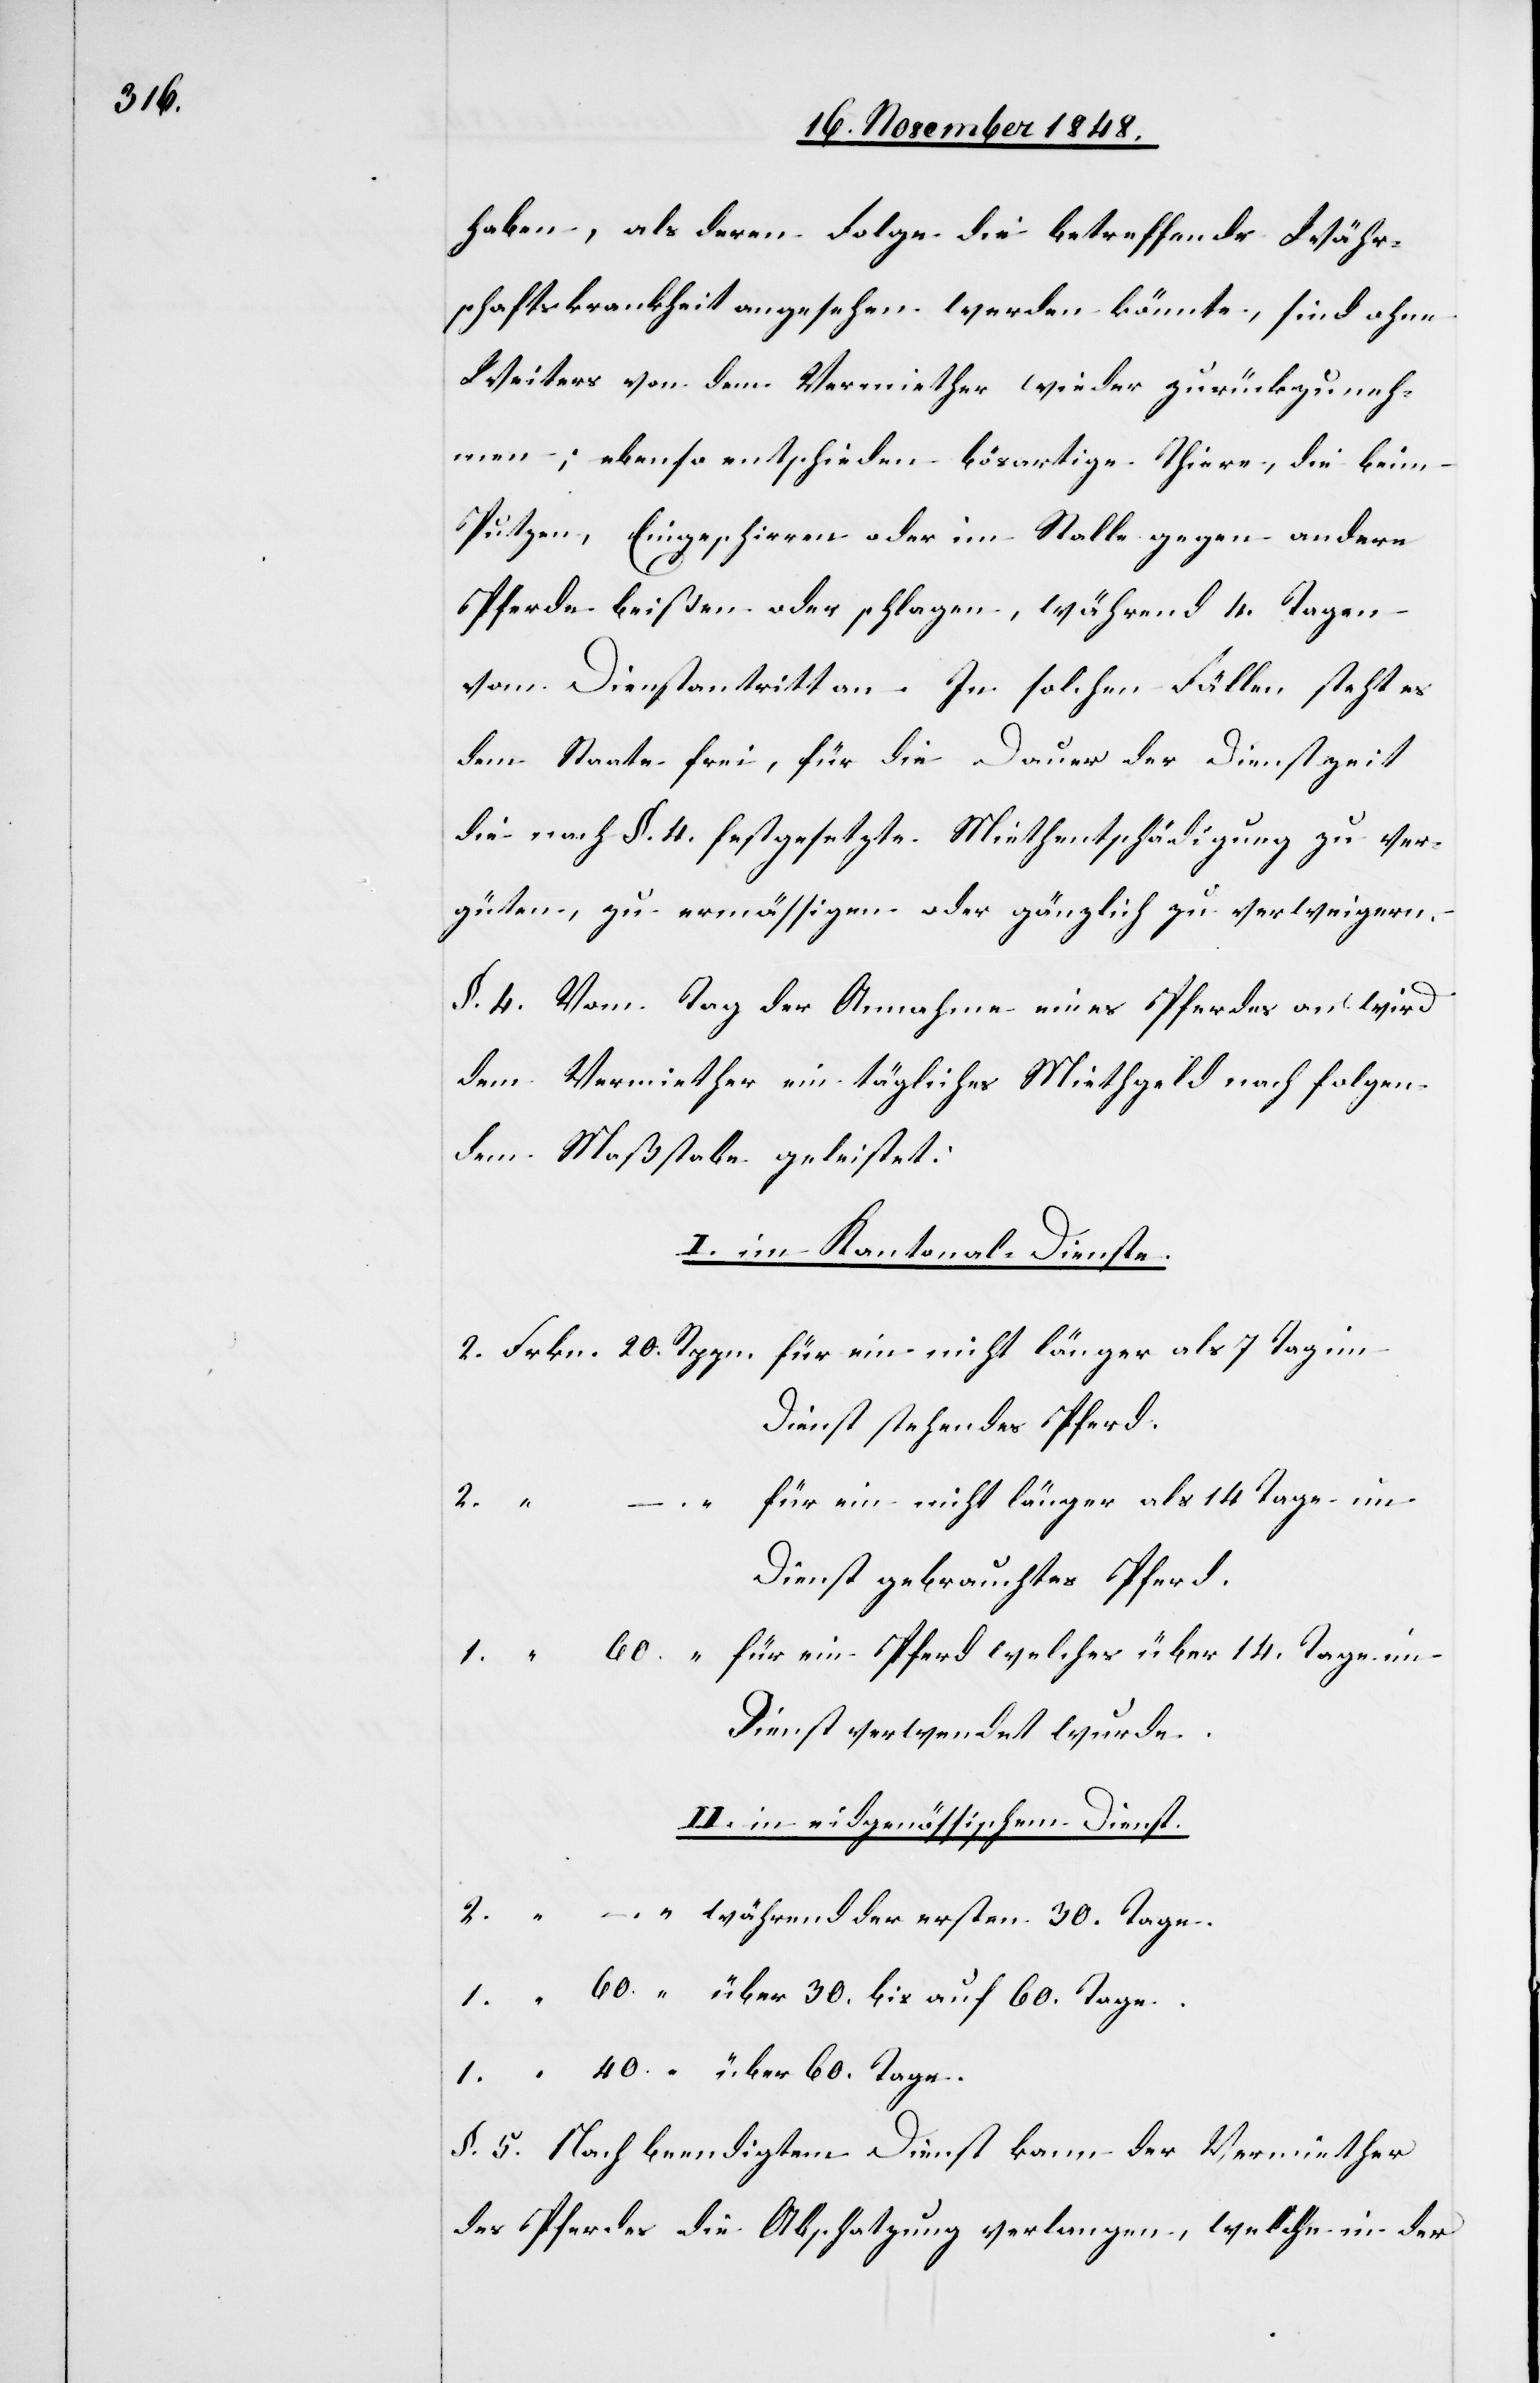
haben, als deren Folge die betreffende Währ¬
schaftskrankheit angesehen werden könnte, sind ohne
Weiteres von dem Vermiether wieder zurückzuneh¬
men; ebenso entschieden bösartige Thiere, die beim
Putzen, Eingeschirren oder im Stalle gegen andere
Pferde beißen oder schlagen, während 4. Tagen
vom Dienstantritt an. In solchen Fällen steht es
dem Staate frei, für die Dauer der Dienstzeit
die nach §. 4. festgesetzte Miethentschädigung zu ver¬
güten, zu ermäßigen oder gänzlich zu verweigern.
§. 4. Vom Tag der Annahme eines Pferdes an wird
dem Vermiether ein tägliches Miethgeld nach folgen¬
dem Maßstabe geleistet:
I. im Kantonalen Dienste.
Dienst stehendes Pferd.
für ein nicht länger als 14 Tage im
Dienst gebrauchtes Pferd.
Dienst verwendet wurde.
40.
II. in eidgenössischem Dienst.
während der ersten 30. Tage.
“
§. 5. Nach beendigtem Dienst kann der Vermiether
des Pferdes die Abschatzung verlangen, welche in der